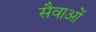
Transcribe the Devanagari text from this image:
सैवाओं